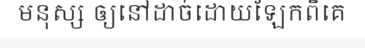
មនុស្ស ឲ្យនៅដាច់ដោយឡែកពីគេ